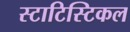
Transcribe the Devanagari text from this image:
स्टाटिस्टिकल